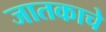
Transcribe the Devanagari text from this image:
जातकाचे